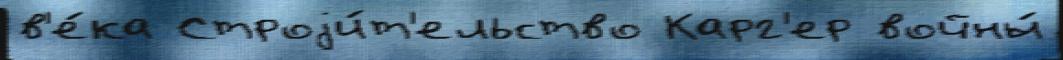
в'е́ка Строjи́т'ельство Карг'ер войны́